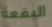
البقعة